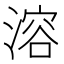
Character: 溶